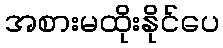
အစားမထိုးနိုင်ပေ